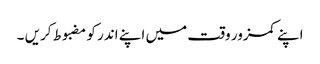
اپنے کمزور وقت میں اپنے اندر کو مضبوط کریں ۔